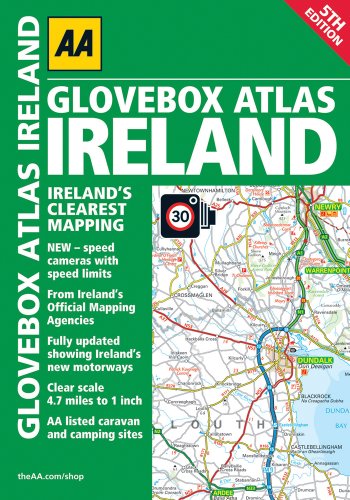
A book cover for Glovebox Atlas Ireland (AA Glovebox Atlas); AA Publishing; Travel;